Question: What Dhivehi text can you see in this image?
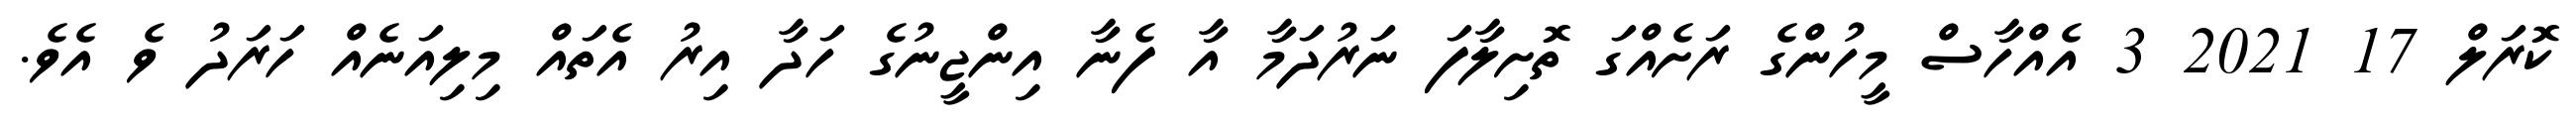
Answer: ކޮރަލް 17 2021 3 އެއްހާސް މީހުންގެ ރަށެއްގަ ތޮށިލާފަ ނަރުދަމާ އާ ފެނާ އިންޖީނުގެ ހަދާ އިރު އެތައް މިލިއަނެއް ހަރަދު ވެ އެވެ.